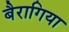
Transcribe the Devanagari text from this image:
बैरागिया